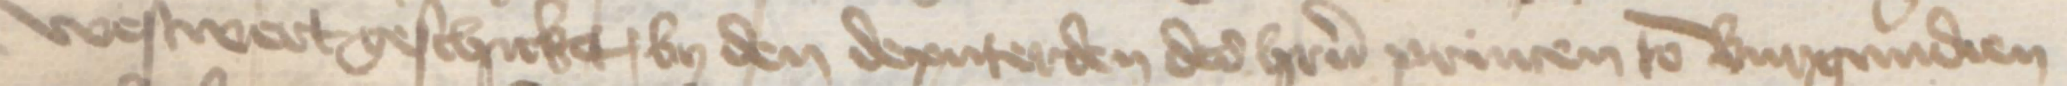
westwert geschicket, by den deputerden des heren princen to Burgundien